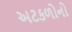
અટકળોનો